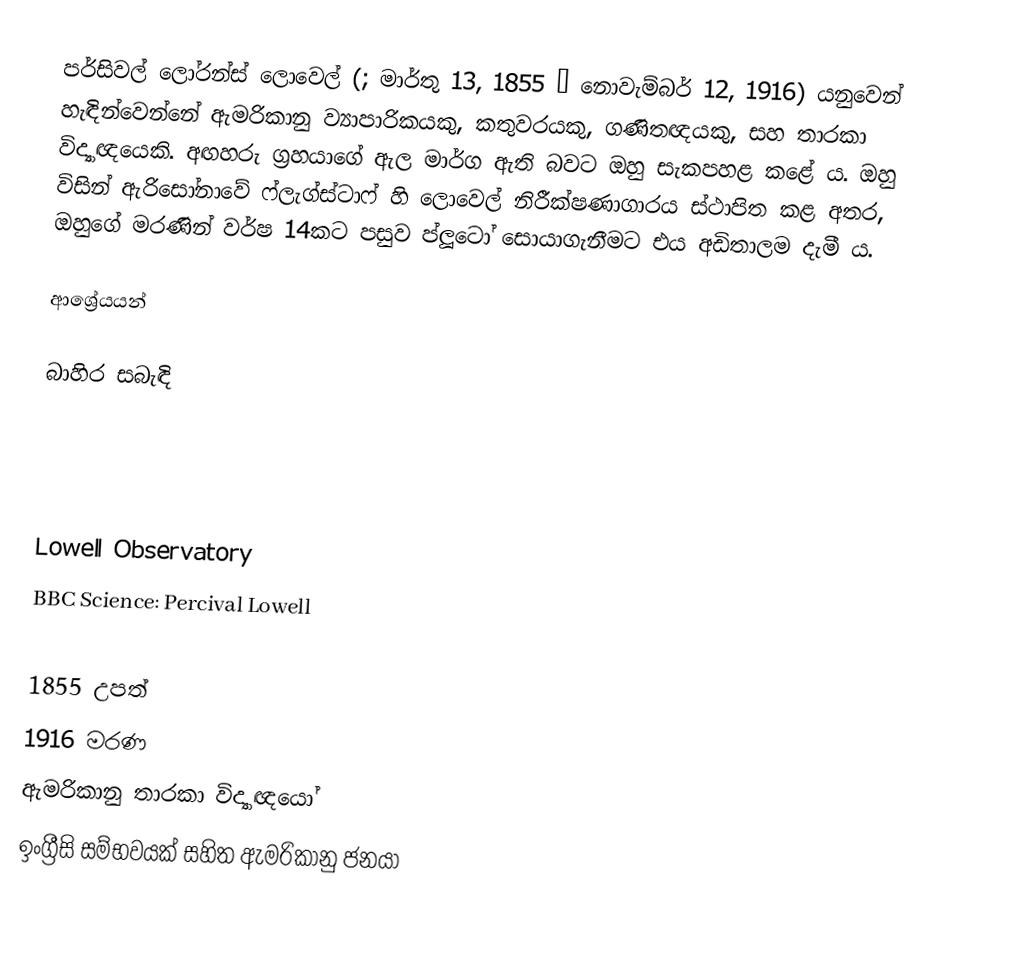
පර්සිවල් ලෝරන්ස් ලොවෙල් (; මාර්තු 13, 1855 – නොවැම්බර් 12, 1916) යනුවෙන් හැඳින්වෙන්නේ ඇමරිකානු ව්‍යාපාරිකයකු, කතුවරයකු, ගණිතඥයකු, සහ තාරකා විද්‍යාඥයෙකි. අඟහරු ග්‍රහයාගේ ඇල මාර්ග ඇති බවට ඔහු සැකපහළ කළේ ය. ඔහු විසින් ඇරිසෝනාවේ ෆ්ලැග්ස්ටාෆ් හි ලොවෙල් නිරීක්ෂණාගාරය ස්ථාපිත කළ අතර, ඔහුගේ මරණින් වර්ෂ 14කට පසුව ප්ලූටෝ සොයාගැනීමට එය අඩිතාලම දැමී ය.

ආශ්‍රේයයන්

බාහිර සබැඳි

 Lowell Observatory
 BBC Science: Percival Lowell

1855 උපත්
1916 මරණ
ඇමරිකානු තාරකා විද්‍යාඥයෝ
ඉංග්‍රීසි සම්භවයක් සහිත ඇමරිකානු ජනයා